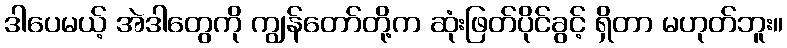
ဒါပေမယ့် အဲဒါတွေကို ကျွန်တော်တို့က ဆုံးဖြတ်ပိုင်ခွင့် ရှိတာ မဟုတ်ဘူး။